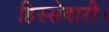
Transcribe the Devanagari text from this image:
हिस्सेदारी।